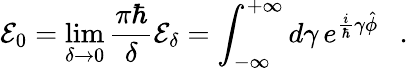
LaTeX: {\cal E}_{0}=\operatorname*{lim}_{\delta\rightarrow 0}\frac{\pi\hbar}{\delta}{\cal E}_{\delta}=\int_{-\infty}^{+\infty}d\gamma\, e^{\frac{i}{\hbar}\gamma\hat{\phi}}\ \ \ .